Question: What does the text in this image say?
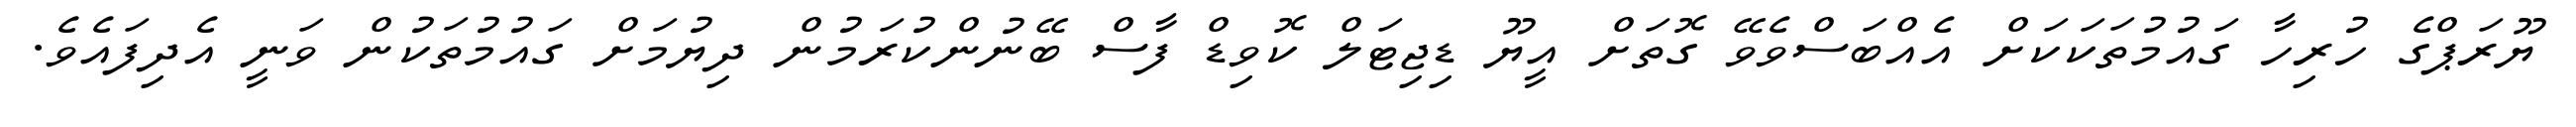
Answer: ޔޫރަޕްގެ ހުރިހާ ގައުމުތަކަކަށް އެއްބަސްވެވޭ ގޮތަށް އީޔޫ ޑިޖިޓަލް ކޮވިޑް ފާސް ބޭނުންކުރަމުން ދިޔުމަށް ގައުމުތަކުން ވަނީ އެދިފައެވެ.